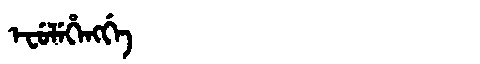
Manchu: ᡝᠸᡠᠯᡝᡥᡝᠩᡤᡝ
Romanization: EFULEHENGGE